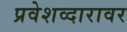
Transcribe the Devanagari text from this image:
प्रवेशव्दारावर